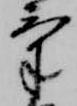
気